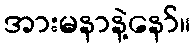
အားမနာနဲ့နော်။